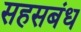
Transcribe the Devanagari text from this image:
सहसबंध